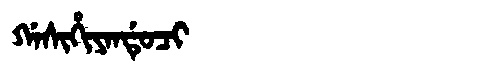
Manchu: ᡤᠠᠰᡳᡥᡳᠶᠠᠨᡩᡠᠴᡳ
Romanization: GASIHIYANDUCI